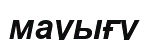
мауығу